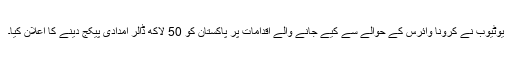
یوٹیوب نے کرونا وائرس کے حوالے سے کیے جانے والے اقدامات پر پاکستان کو 50 لاکھ ڈالر امدادی پیکج دینے کا اعلان کیا۔